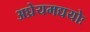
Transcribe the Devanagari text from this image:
अघ्रेयमद्ययोः